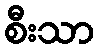
စီးသာ